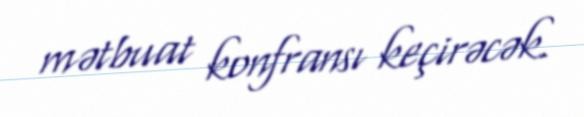
mətbuat konfransı keçirəcək.